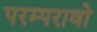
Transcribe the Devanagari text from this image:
परम्परावो